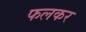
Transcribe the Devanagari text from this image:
फलकर